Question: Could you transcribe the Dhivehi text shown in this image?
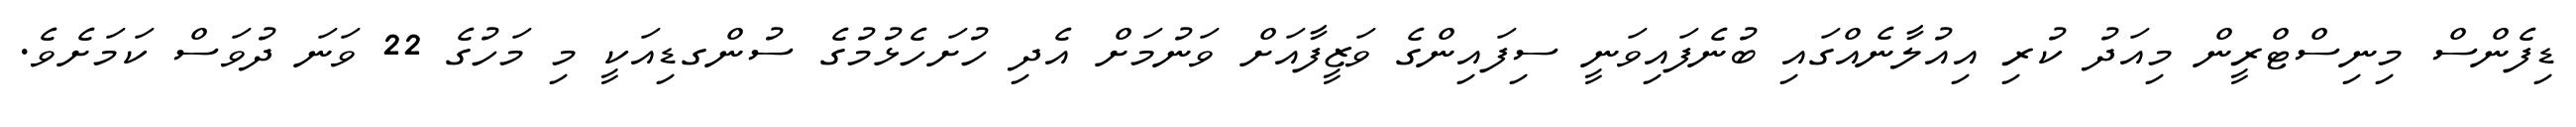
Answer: ޑިފެންސް މިނިސްޓްރީން މިއަދު ކުރި އިއުލާނެއްގައި ބުނެފައިވަނީ ސިފައިންގެ ވަޒީފާއަށް ވަނުމަށް އެދި ހުށަހެޅުމުގެ ސުންގޑިއަކީ މި މަހުގެ 22 ވަނަ ދުވަސް ކަމަށެވެ.